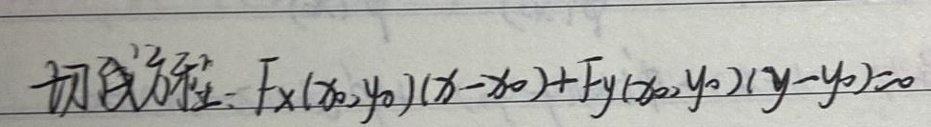
切线方程\( : F _ { x } ( x _ { 0 }, y _ { 0 } ) ( x - x _ { 0 } ) + F _ { y } ( x _ { 0 }, y _ { 0 } ) ( y - y _ { 0 } ) = 0\)